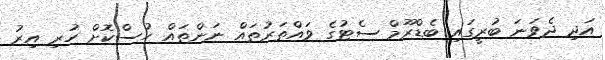
އަދި ދެވަނަ ބުރީގައި ބެޑްރޫމް ސެޓުގެ ވައްތަރުތައް ނަންތައް ހުސްކޮށް ހުރި އިރު